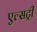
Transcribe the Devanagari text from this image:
एल्सट्री